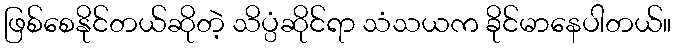
ဖြစ်စေနိုင်တယ်ဆိုတဲ့ သိပ္ပံဆိုင်ရာ သံသယက ခိုင်မာနေပါတယ်။